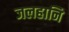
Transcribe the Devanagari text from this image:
जलहानि